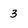
Character: 3